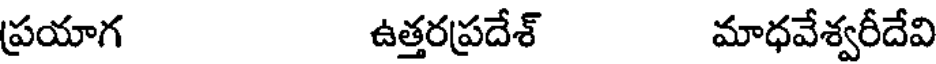
ప్రయాగ ఉత్తరప్రదేశ్ మాధవేశ్వరీదేవి